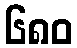
၆၈၀